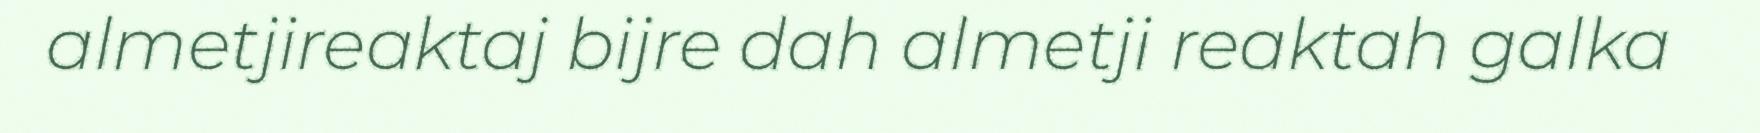
almetjireaktaj bijre dah almetji reaktah galka